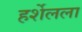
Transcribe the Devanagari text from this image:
हर्शेलला